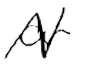
Text: or
Cross-out: zig-zag
Writing tool: digital_black